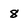
Character: 8